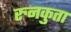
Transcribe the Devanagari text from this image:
रुनकुता